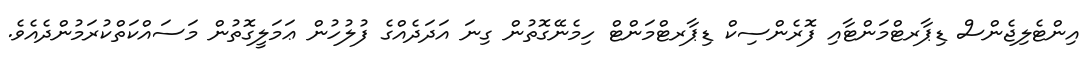
އިންޓެލިޖެންސް ޑިޕާރޓްމަންޓާއި ފޮރެންސިކް ޑިޕާރޓްމަންޓް ހިމެނޭގޮތުން ގިނަ އަދަދެއްގެ ފުލުހުން ޢަމަލީގޮތުން މަސައްކަތްކުރަމުންދެއެވެ.